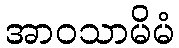
အာဝသာမိမံ